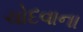
ચોદવાના